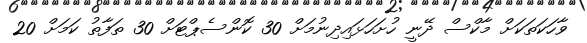
ވާހަކަތަކަށް މާކްސް ދޭނީ ހުށަހަޅައިދިނުމަށް 30 ކޮންސެޕްޓަށް 30 ތަފާތު ކަމަށް 20